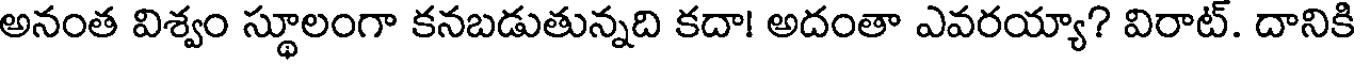
అనంత విశ్వం స్థూలంగా కనబడుతున్నది కదా! అదంతా ఎవరయ్యా? విరాట్. దానికి